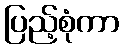
ပြည့်စုံကာ